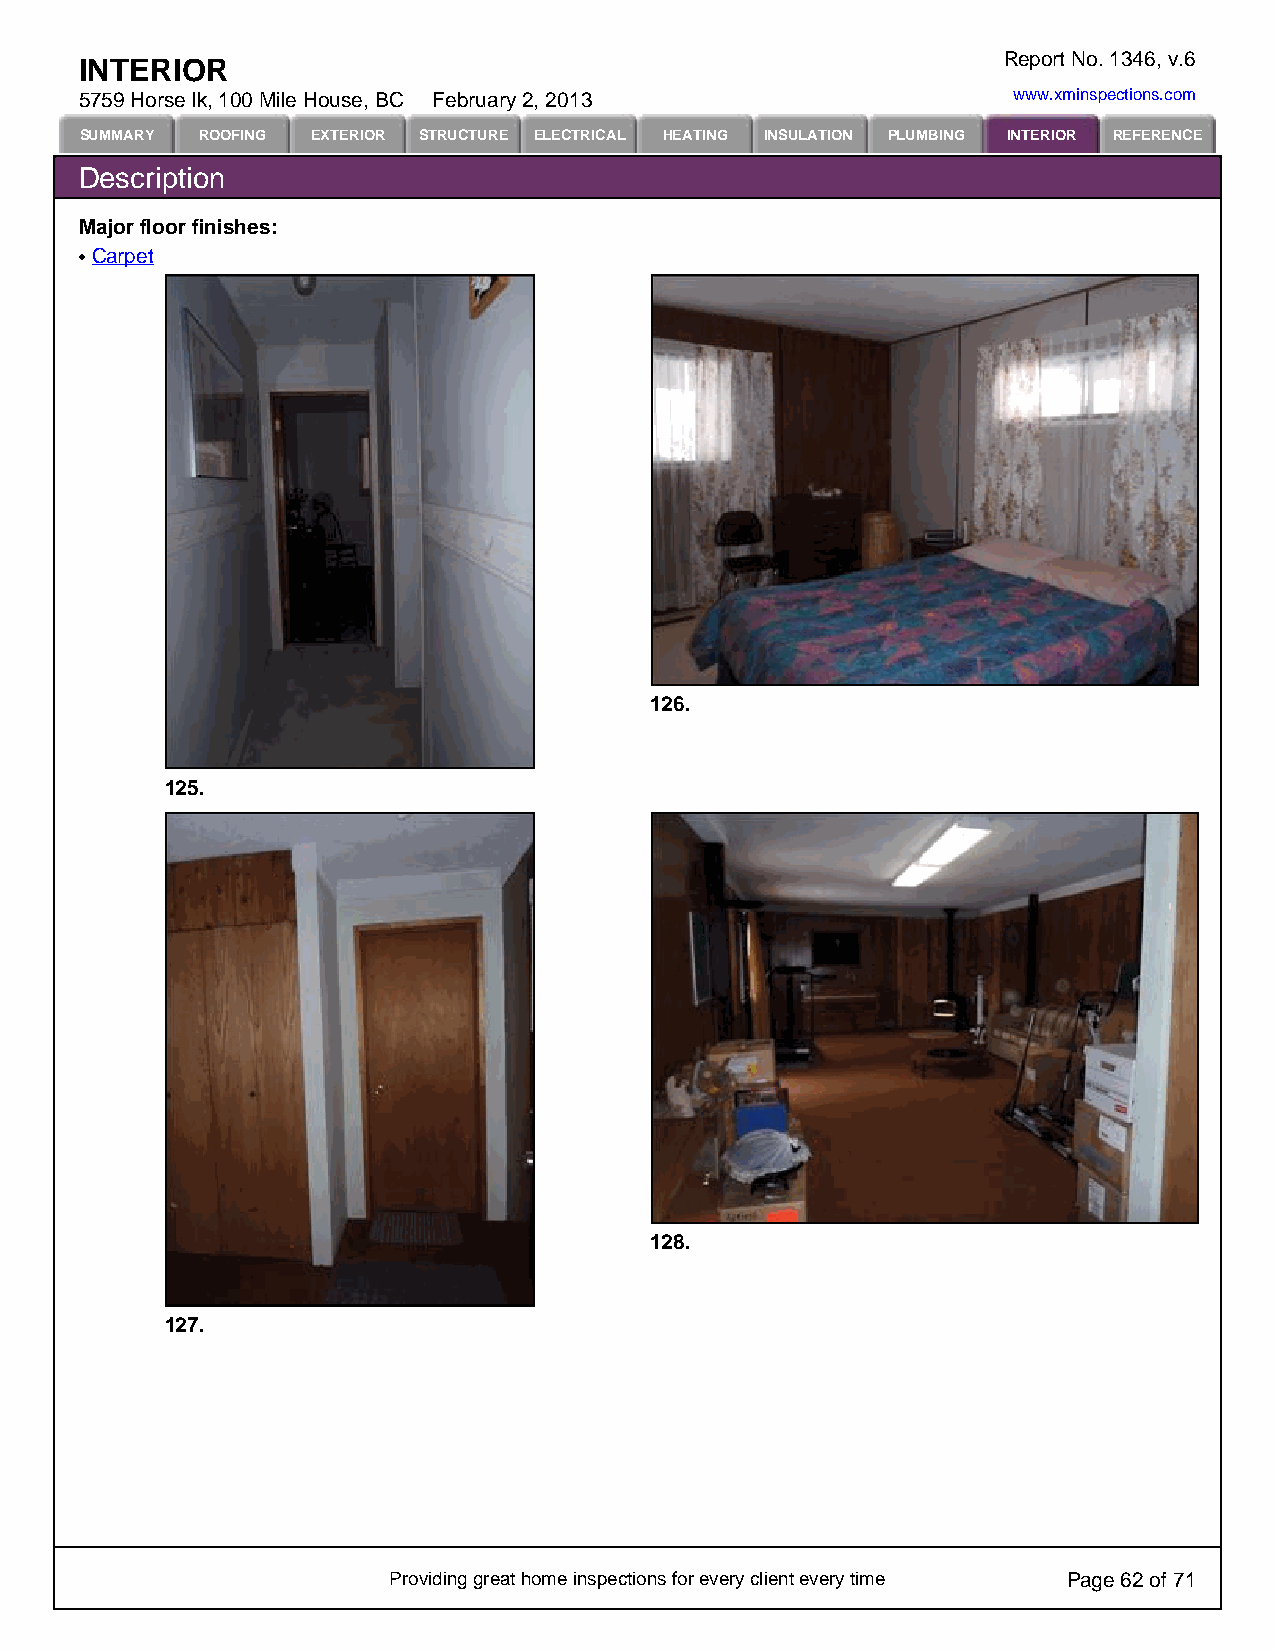
Report No. 1346, v.6
 INTERIOR
 5759 Horse lk, 100 Mile House, BC February 2, 2013            www.xminspections.com
 SUMMARY ROOFING EXTERIOR STRUCTURE ELECTRICAL HEATING INSULATION PLUMBING INTERIOR REFERENCE
 Description
 Major floor finishes:
 Carpet
 126.
 125.
 128.
 127.
 Providing great home inspections for every client every time Page 62 of 71